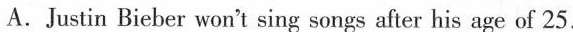
C.Justin Bieber won't sing songs after his age of 25.